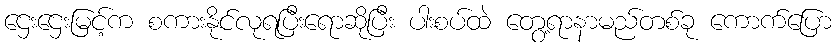
ဌေးဌေးမြင့်က စကားနိုင်လုရပြီးရောဆိုပြီး ပါးစပ်ထဲ တွေ့ရာနာမည်တစ်ခု ကောက်ပြော